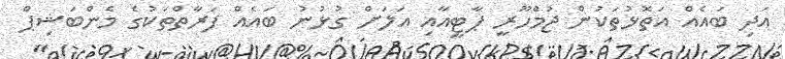
އަދި ބައެއް އަތޮޅުތަކުން ޖުމްހޫރީ ޕާޓީއާއި އަލަށް ގުޅުނު ބައެއް ފަރާތްތަކުގެ މެންބަޝިޕް